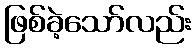
ဖြစ်ခဲ့သော်လည်း